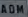
@&OM